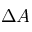
\Delta A